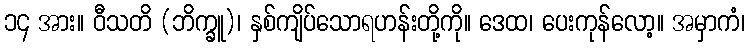
၁၄ အား။ ဝီသတိ (ဘိက္ခူ)၊ နှစ်ကျိပ်သောရဟန်းတို့ကို။ ဒေထ၊ ပေးကုန်လော့။ အမှာကံ၊